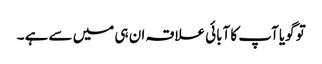
تو گویا آپ کا آبائی علاقہ ان ہی میں سے ہے ۔